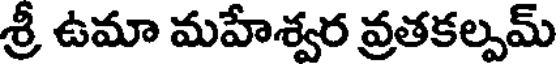
శ్రీ ఉమా మహేశ్వర వ్రతకల్పమ్